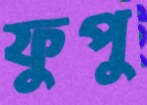
ফুপু